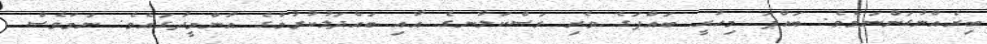
ބިރެއްނުގަންނަމެވެ. ބައްޕަ މިހުރީ ބައްޕަގެ ވެރި ރަސްކަލާނގެ އާއި ބައްދަލުކުރުމުގެ އުންމީދުގައެވެ. ނަމަވެސް